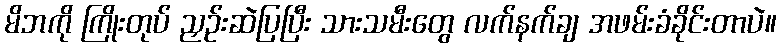
မိဘကို ကြိုးတုပ် ညှဉ်းဆဲပြပြီး သားသမီးတွေ လက်နက်ချ အဖမ်းခံခိုင်းတာပဲ။